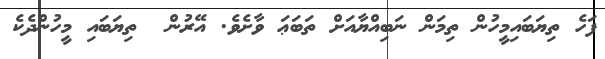
ފަހެ ތިޔަބައިމީހުން ތިމަން ނަބިއްޔާއަށް ތަބަޢަ ވާށެވެ. އޭރުން  ތިޔަބައި މީހުންދެކެ